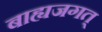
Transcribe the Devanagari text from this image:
बाह्यजगत्